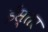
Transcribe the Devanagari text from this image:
ईस्तर